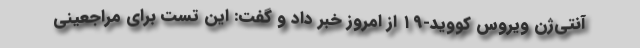
آنتی‌ژن ویروس کووید-۱۹ از امروز خبر داد و گفت: این تست برای مراجعینی